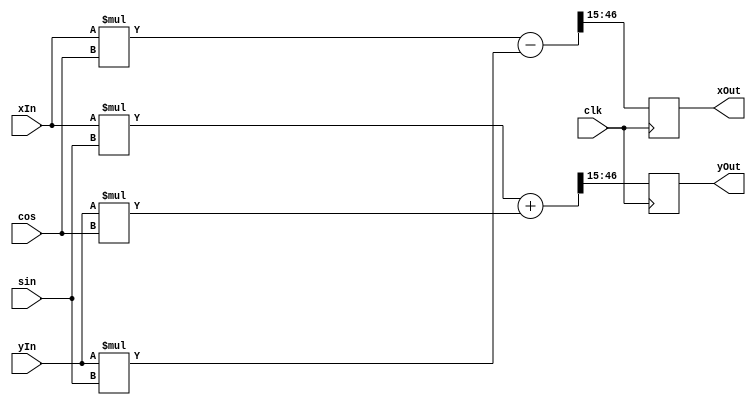
module Rotate2(clk, xIn, yIn, sin, cos, xOut, yOut);
    parameter coordinateBits = 32;
    parameter sinCosBits     = 16;

    localparam multiplicationBits = coordinateBits + sinCosBits;
    
    input  wire clk;
    input  wire signed [coordinateBits - 1 : 0] xIn;
    input  wire signed [coordinateBits - 1 : 0] yIn;
    input  wire signed [sinCosBits     - 1 : 0] sin;
    input  wire signed [sinCosBits     - 1 : 0] cos;
    output reg  signed [coordinateBits - 1 : 0] xOut = 0;
    output reg  signed [coordinateBits - 1 : 0] yOut = 0;

    wire signed [multiplicationBits - 1 : 0] xTemp;
    wire signed [multiplicationBits - 1 : 0] yTemp;

    assign xTemp = ((xIn * cos) - (yIn * sin)) >>> (sinCosBits - 1);
    assign yTemp = ((xIn * sin) + (yIn * cos)) >>> (sinCosBits - 1);
    
    always @(posedge clk)
    begin
        xOut = xTemp;
        yOut = yTemp;
    end
endmodule

// Porque es ">>> (sinCosBits - 1)" ?